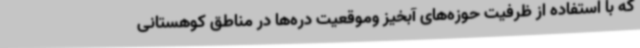
که با استفاده از ظرفیت حوزه‌های آبخیز وموقعیت دره‌ها در مناطق کوهستانی